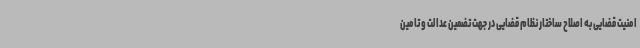
امنیت قضایی به اصلاح ساختار نظام قضایی در جهت تضمین عدالت و تامین